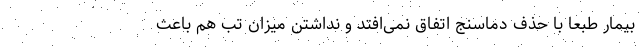
بیمار طبعا با حذف دماسنج اتفاق نمی‌افتد و نداشتن میزان تب هم باعث